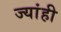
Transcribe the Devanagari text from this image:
ज्यांही